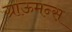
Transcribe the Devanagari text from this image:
ग्राऊमन्स